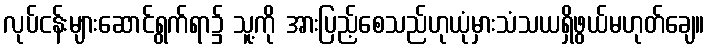
လုပ်ငန်းများဆောင်ရွက်ရာ၌ သူ့ကို အားပြည့်စေသည်ဟုယုံမှားသံသယရှိဖွယ်မဟုတ်ချေ။